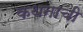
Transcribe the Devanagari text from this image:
कथनाची